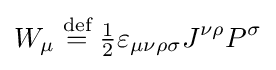
W_{\mu }\mathrel {\stackrel {\text{def}}{=}} {\tfrac {1}{2}}\varepsilon _{\mu \nu \rho \sigma }J^{\nu \rho }P^{\sigma }